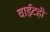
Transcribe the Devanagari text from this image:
वाईटही